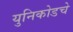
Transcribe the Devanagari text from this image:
युनिकोडचे